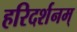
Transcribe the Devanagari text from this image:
हरिदर्शनम्